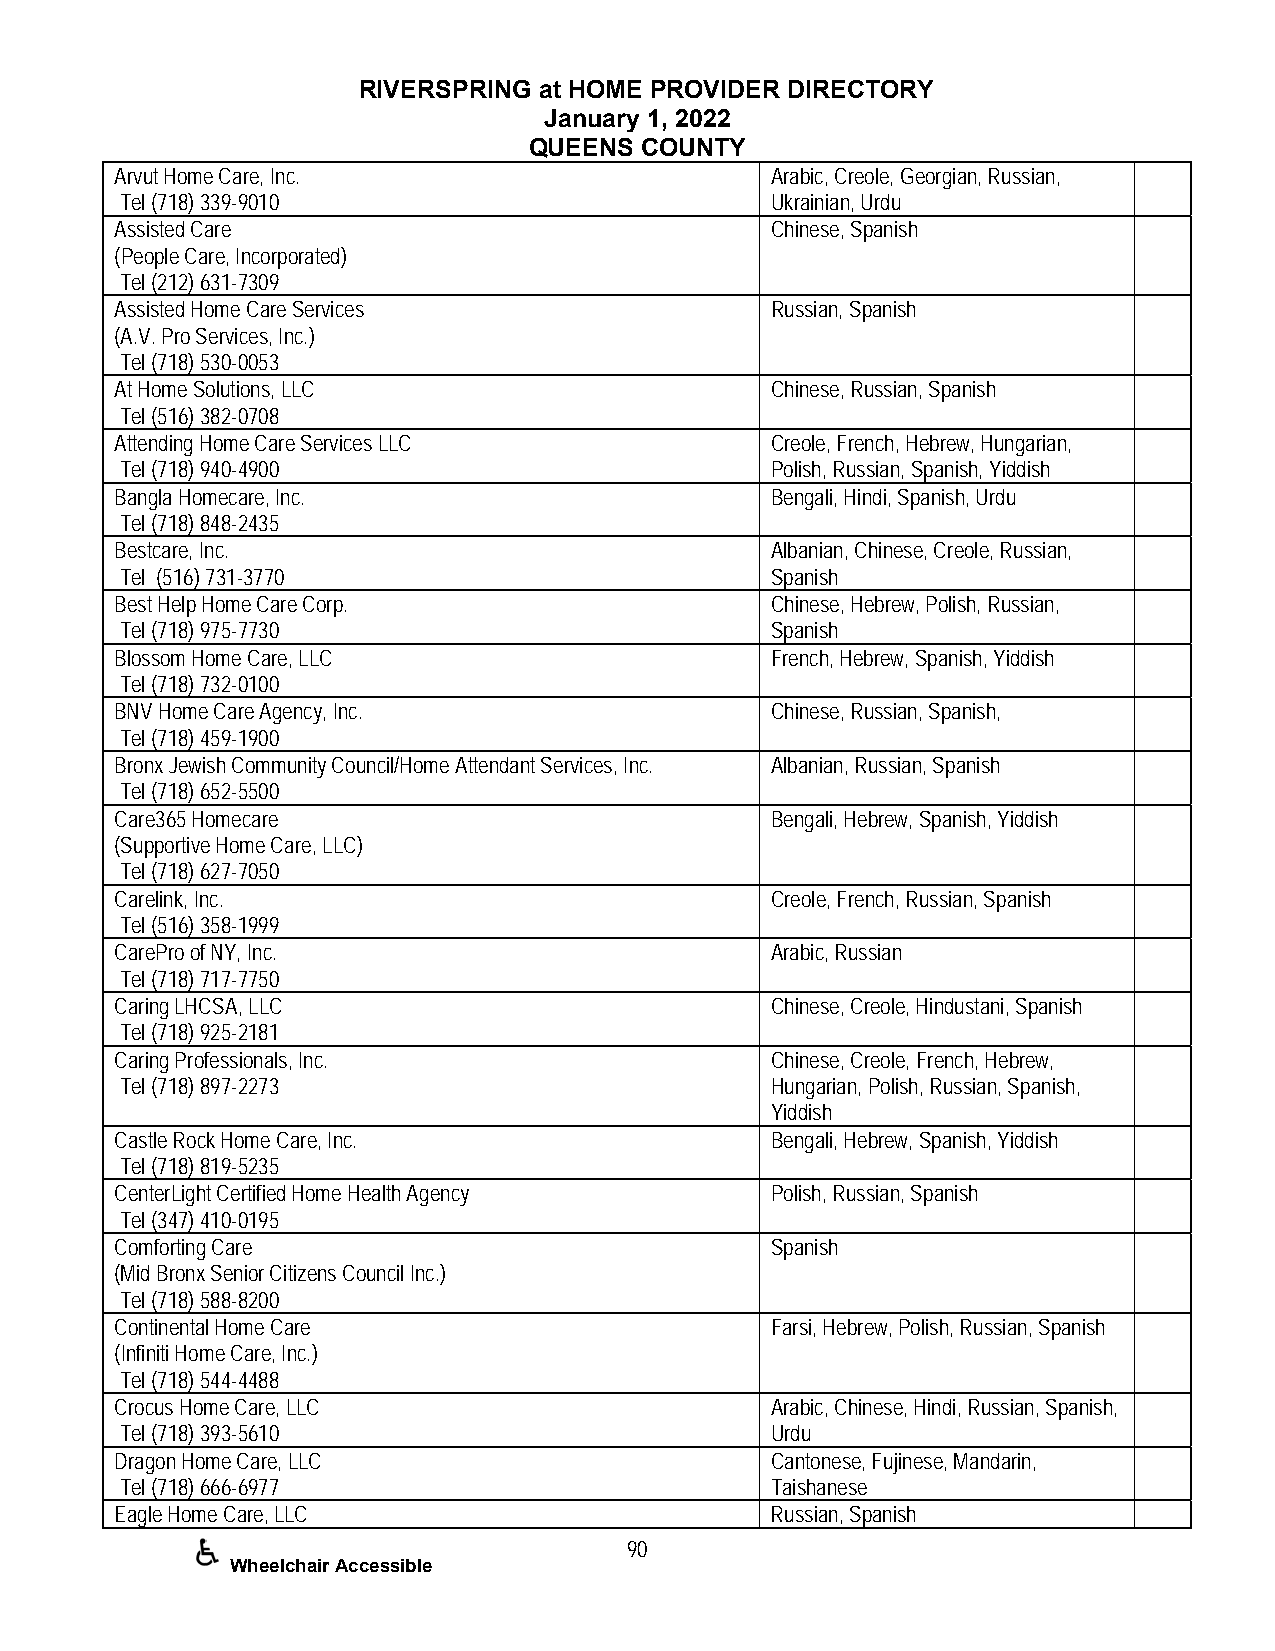
RIVERSPRING at HOME PROVIDER DIRECTORY
 January 1, 2022
 QUEENS COUNTY
 Arvut Home Care, Inc.                      Arabic, Creole, Georgian, Russian,
 Tel (718) 339-9010                         Ukrainian, Urdu
 Assisted Care                              Chinese, Spanish
 (People Care, Incorporated)
 Tel (212) 631-7309
 Assisted Home Care Services                Russian, Spanish
 (A.V. Pro Services, Inc.)
 Tel (718) 530-0053
 At Home Solutions, LLC                     Chinese, Russian, Spanish
 Tel (516) 382-0708
 Attending Home Care Services LLC           Creole, French, Hebrew, Hungarian,
 Tel (718) 940-4900                         Polish, Russian, Spanish, Yiddish
 Bangla Homecare, Inc.                      Bengali, Hindi, Spanish, Urdu
 Tel (718) 848-2435
 Bestcare, Inc.                             Albanian, Chinese, Creole, Russian,
 Tel (516) 731-3770                         Spanish
 Best Help Home Care Corp.                  Chinese, Hebrew, Polish, Russian,
 Tel (718) 975-7730                         Spanish
 Blossom Home Care, LLC                     French, Hebrew, Spanish, Yiddish
 Tel (718) 732-0100
 BNV Home Care Agency, Inc.                 Chinese, Russian, Spanish,
 Tel (718) 459-1900
 Bronx Jewish Community Council/Home Attendant Services, Inc. Albanian, Russian, Spanish
 Tel (718) 652-5500
 Care365 Homecare                           Bengali, Hebrew, Spanish, Yiddish
 (Supportive Home Care, LLC)
 Tel (718) 627-7050
 Carelink, Inc.                             Creole, French, Russian, Spanish
 Tel (516) 358-1999
 CarePro of NY, Inc.                        Arabic, Russian
 Tel (718) 717-7750
 Caring LHCSA, LLC                          Chinese, Creole, Hindustani, Spanish
 Tel (718) 925-2181
 Caring Professionals, Inc.                 Chinese, Creole, French, Hebrew,
 Tel (718) 897-2273                         Hungarian, Polish, Russian, Spanish,
 Yiddish
 Castle Rock Home Care, Inc.                Bengali, Hebrew, Spanish, Yiddish
 Tel (718) 819-5235
 CenterLight Certified Home Health Agency   Polish, Russian, Spanish
 Tel (347) 410-0195
 Comforting Care                            Spanish
 (Mid Bronx Senior Citizens Council Inc.)
 Tel (718) 588-8200
 Continental Home Care                      Farsi, Hebrew, Polish, Russian, Spanish
 (Infiniti Home Care, Inc.)
 Tel (718) 544-4488
 Crocus Home Care, LLC                      Arabic, Chinese, Hindi, Russian, Spanish,
 Tel (718) 393-5610                         Urdu
 Dragon Home Care, LLC                      Cantonese, Fujinese, Mandarin,
 Tel (718) 666-6977                         Taishanese
 Eagle Home Care, LLC                       Russian, Spanish
 90
 Wheelchair Accessible